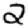
Digit: 2